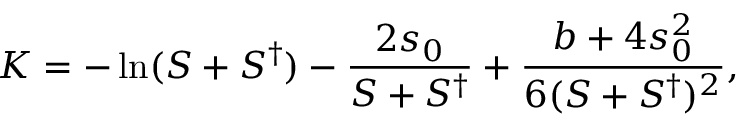
K = - \ln ( S + S ^ { \dagger } ) - \frac { 2 s _ { 0 } } { S + S ^ { \dagger } } + \frac { b + 4 s _ { 0 } ^ { 2 } } { 6 ( S + S ^ { \dagger } ) ^ { 2 } } ,